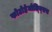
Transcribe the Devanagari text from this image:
फोटोहेमोल्य्सिस